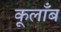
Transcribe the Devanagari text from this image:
कूलाँब